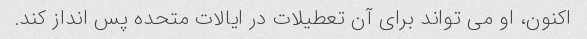
اکنون، او می تواند برای آن تعطیلات در ایالات متحده پس انداز کند.